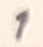
Text: 1